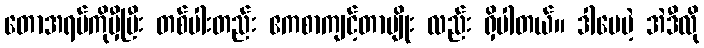
တောအရပ်ကိုမှီပြီး တစ်ပါးတည်း ဧကစာကျင့်တာမျိုး လည်း ရှိပါတယ်။ ဒါပေမဲ့ အဲဒီလို